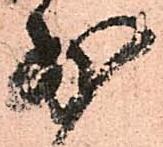
少